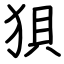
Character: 狽